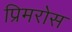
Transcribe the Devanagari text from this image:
प्रिमरोस